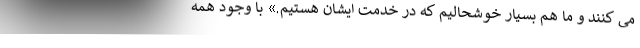
می کنند و ما هم بسیار خوشحالیم که در خدمت ایشان هستیم.» با وجود همه